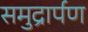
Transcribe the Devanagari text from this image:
समुद्रार्पण